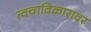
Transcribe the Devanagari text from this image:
त्वचाविकारावर